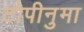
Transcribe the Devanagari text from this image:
टोपीनुमा